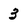
Character: 3